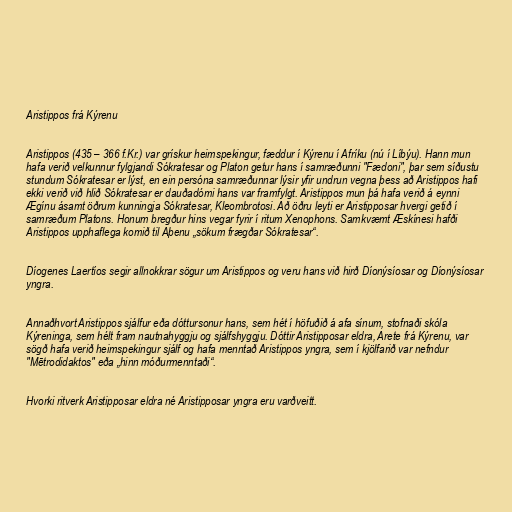
Aristippos frá Kýrenu

Aristippos (435 – 366 f.Kr.) var grískur heimspekingur, fæddur í Kýrenu í Afríku (nú í Líbýu). Hann mun
hafa verið velkunnur fylgjandi Sókratesar og Platon getur hans í samræðunni "Fædoni", þar sem síðustu
stundum Sókratesar er lýst, en ein persóna samræðunnar lýsir yfir undrun vegna þess að Aristippos hafi
ekki verið við hlið Sókratesar er dauðadómi hans var framfylgt. Aristippos mun þá hafa verið á eynni
Ægínu ásamt öðrum kunningja Sókratesar, Kleombrotosi. Að öðru leyti er Aristipposar hvergi getið í
samræðum Platons. Honum bregður hins vegar fyrir í ritum Xenophons. Samkvæmt Æskínesi hafði
Aristippos upphaflega komið til Aþenu „sökum frægðar Sókratesar“.

Díogenes Laertíos segir allnokkrar sögur um Aristippos og veru hans við hirð Díonýsíosar og Díonýsíosar
yngra.

Annaðhvort Aristippos sjálfur eða dóttursonur hans, sem hét í höfuðið á afa sínum, stofnaði skóla
Kýreninga, sem hélt fram nautnahyggju og sjálfshyggju. Dóttir Aristipposar eldra, Arete frá Kýrenu, var
sögð hafa verið heimspekingur sjálf og hafa menntað Aristippos yngra, sem í kjölfarið var nefndur
"Mētrodidaktos" eða „hinn móðurmenntaði“.

Hvorki ritverk Aristipposar eldra né Aristipposar yngra eru varðveitt.